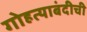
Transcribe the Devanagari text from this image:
गोहत्याबंदीची